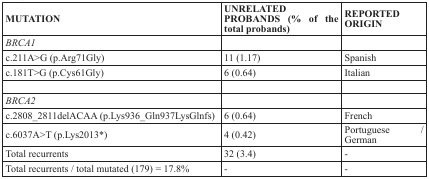
<table><thead><tr><td><b>MUTATION</b></td><td><b>UNRELATED PROBANDS (% of the total probands)</b></td><td><b>REPORTED ORIGIN</b></td></tr></thead><tbody><tr><td><i>BRCA1</i></td><td></td><td></td></tr><tr><td>c.211A&gt;G (p.Arg71Gly)</td><td>11 (1.17)</td><td>Spanish</td></tr><tr><td>c.181T&gt;G (p.Cys61Gly)</td><td>6 (0.64)</td><td>Italian</td></tr><tr><td><i>BRCA2</i></td><td></td><td></td></tr><tr><td>c.2808_2811delACAA (p.Lys936_Gln937LysGlnfs)</td><td>6 (0.64)</td><td>French</td></tr><tr><td>c.6037A&gt;T (p.Lys2013*)</td><td>4 (0.42)</td><td>Portuguese / German</td></tr><tr><td>Total recurrents</td><td>32 (3.4)</td><td>-</td></tr><tr><td>Total recurrents / total mutated (179) = 17.8%</td><td>-</td><td>-</td></tr></tbody></table>